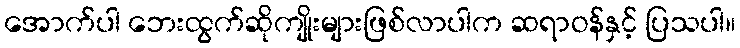
အောက်ပါ ဘေးထွက်ဆိုကျိုးများဖြစ်လာပါက ဆရာဝန်နှင့် ပြသပါ။